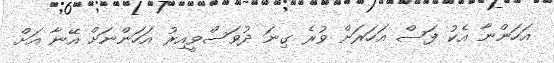
އަހަންނާ އެކު ފަސް އަހަރަށް ވުރެ ގިނަ ދުވަސްވީއިރު އަހަންނަށް އޭނާ އަށް